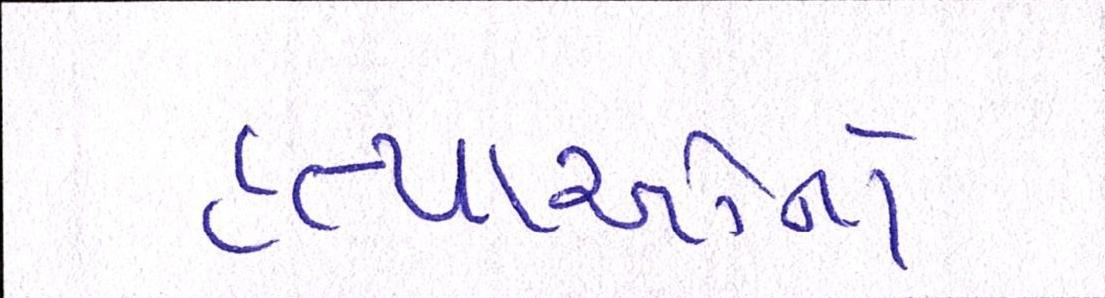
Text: હત્યાઓનો